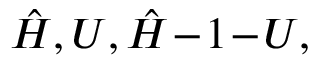
\hat { H } , { \cal U } , \hat { H } \! - \! 1 \! - \! { \cal U } ,